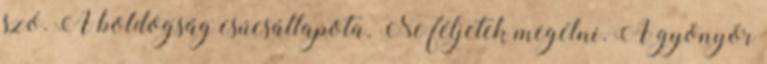
szó. A boldogság csúcsállapota. Ne féljetek megélni. A gyönyör